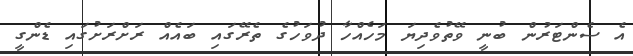
އެ ސެންޓަރުން ބުނީ ވޭތުވެދިޔަ މަހެއްހާ ދުވަހުގެ ތެރޭގައި ބައެއް ރަށްރަށުގައި ޑެންގީ